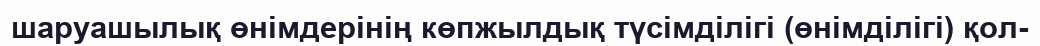
шаруашылық өнімдерінің көпжылдық түсімділігі (өнімділігі) қол-